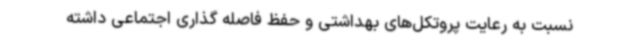
نسبت به رعایت پروتکل‌های بهداشتی و حفظ فاصله گذاری اجتماعی داشته